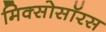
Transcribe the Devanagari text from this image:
मिक्सोसॉरस